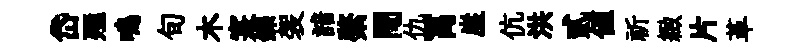
岱殛鳴旬木寔鑠袈諳綮閜仇罥崖伉洪貳値祈緻片革